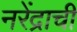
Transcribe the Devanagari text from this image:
नरेंद्राची